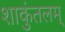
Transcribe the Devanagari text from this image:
शाकुंतलम्‌